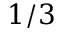
1 / 3